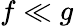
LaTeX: f\ll g